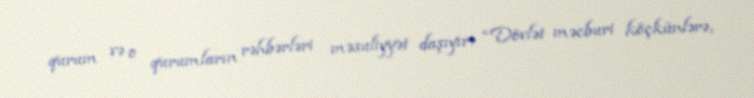
qurum və o qurumların rəhbərləri məsuliyyət daşıyır: “Dövlət məcburi köçkünlərə,